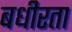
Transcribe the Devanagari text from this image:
बधीरता